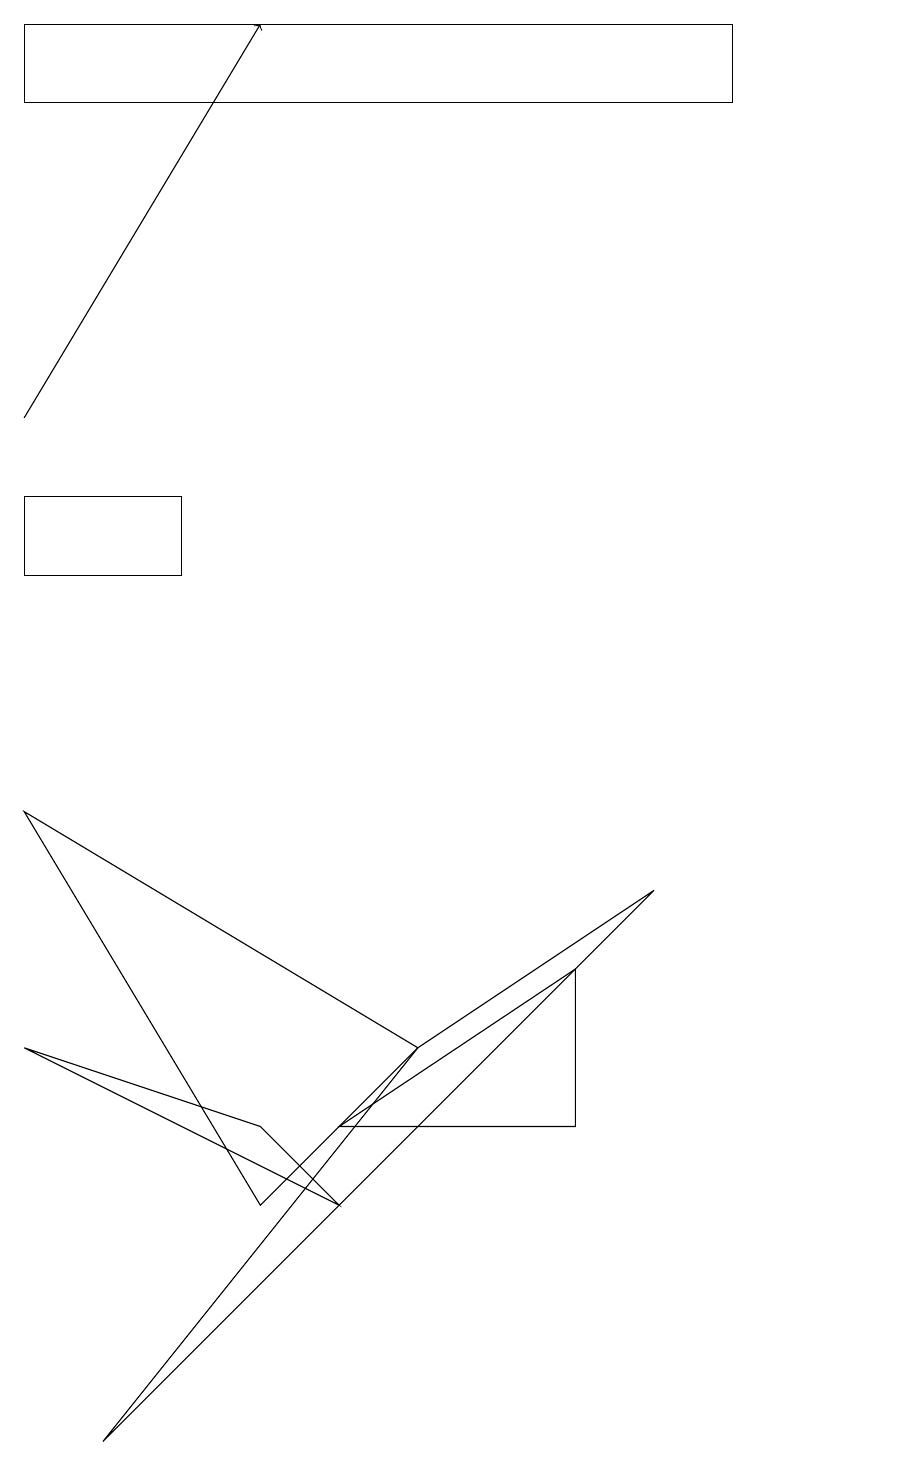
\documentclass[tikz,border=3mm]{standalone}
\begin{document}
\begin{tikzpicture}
\draw (7,7) -- (4,5) -- (7,5) -- cycle;
\draw (5,6) -- (1,1) -- (8,8) -- cycle;
\draw (0,19) rectangle (9,18);
\draw[->] (0,14) -- (3,19);
\draw (2,12) rectangle (0,13);
\draw (4,4) -- (3,5) -- (0,6) -- cycle;
\draw (11,10) circle (0);
\draw (5,6) -- (0,9) -- (3,4) -- cycle;
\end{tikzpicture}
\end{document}